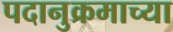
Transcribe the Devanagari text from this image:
पदानुक्रमाच्या